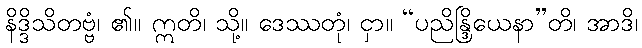
နိဒ္ဒိသိတဗ္ဗံ၊ ၏။ ဣတိ၊ သို့။ ဒေဿတုံ၊ ငှာ။ “ပညိန္ဒြိယေနာ”တိ၊ အာဒိ၊